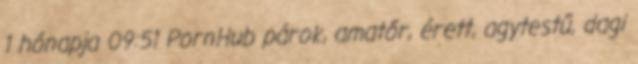
1 hónapja 09:51 PornHub párok, amatőr, érett, agytestű, dagi